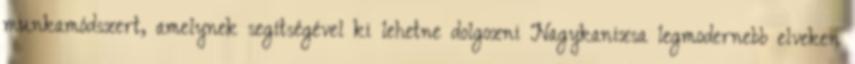
munkamódszert, amelynek segítségével ki lehetne dolgozni Nagykanizsa legmodernebb elveken